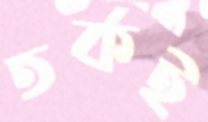
তর্কই